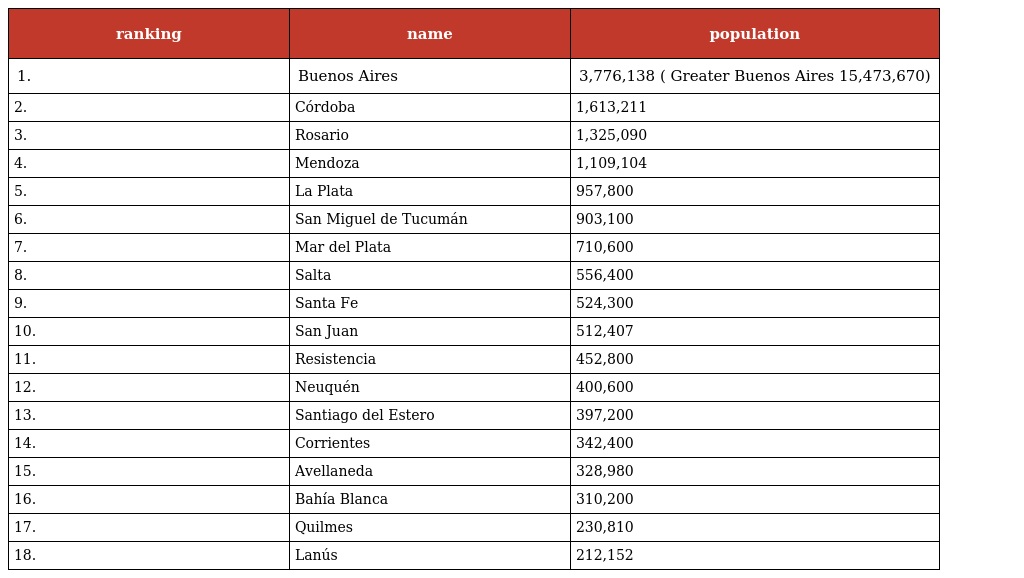
| ranking | name | population |
 | --- | --- | --- |
 | 1. | Buenos Aires | 3,776,138 ( Greater Buenos Aires 15,473,670) |
 | 2. | Córdoba | 1,613,211 |
 | 3. | Rosario | 1,325,090 |
 | 4. | Mendoza | 1,109,104 |
 | 5. | La Plata | 957,800 |
 | 6. | San Miguel de Tucumán | 903,100 |
 | 7. | Mar del Plata | 710,600 |
 | 8. | Salta | 556,400 |
 | 9. | Santa Fe | 524,300 |
 | 10. | San Juan | 512,407 |
 | 11. | Resistencia | 452,800 |
 | 12. | Neuquén | 400,600 |
 | 13. | Santiago del Estero | 397,200 |
 | 14. | Corrientes | 342,400 |
 | 15. | Avellaneda | 328,980 |
 | 16. | Bahía Blanca | 310,200 |
 | 17. | Quilmes | 230,810 |
 | 18. | Lanús | 212,152 |